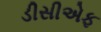
ડીસીએફ